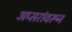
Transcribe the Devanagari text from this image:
अप्सरांवरून